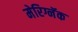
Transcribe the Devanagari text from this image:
मेरिग्नॅक